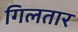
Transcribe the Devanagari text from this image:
गिलतार